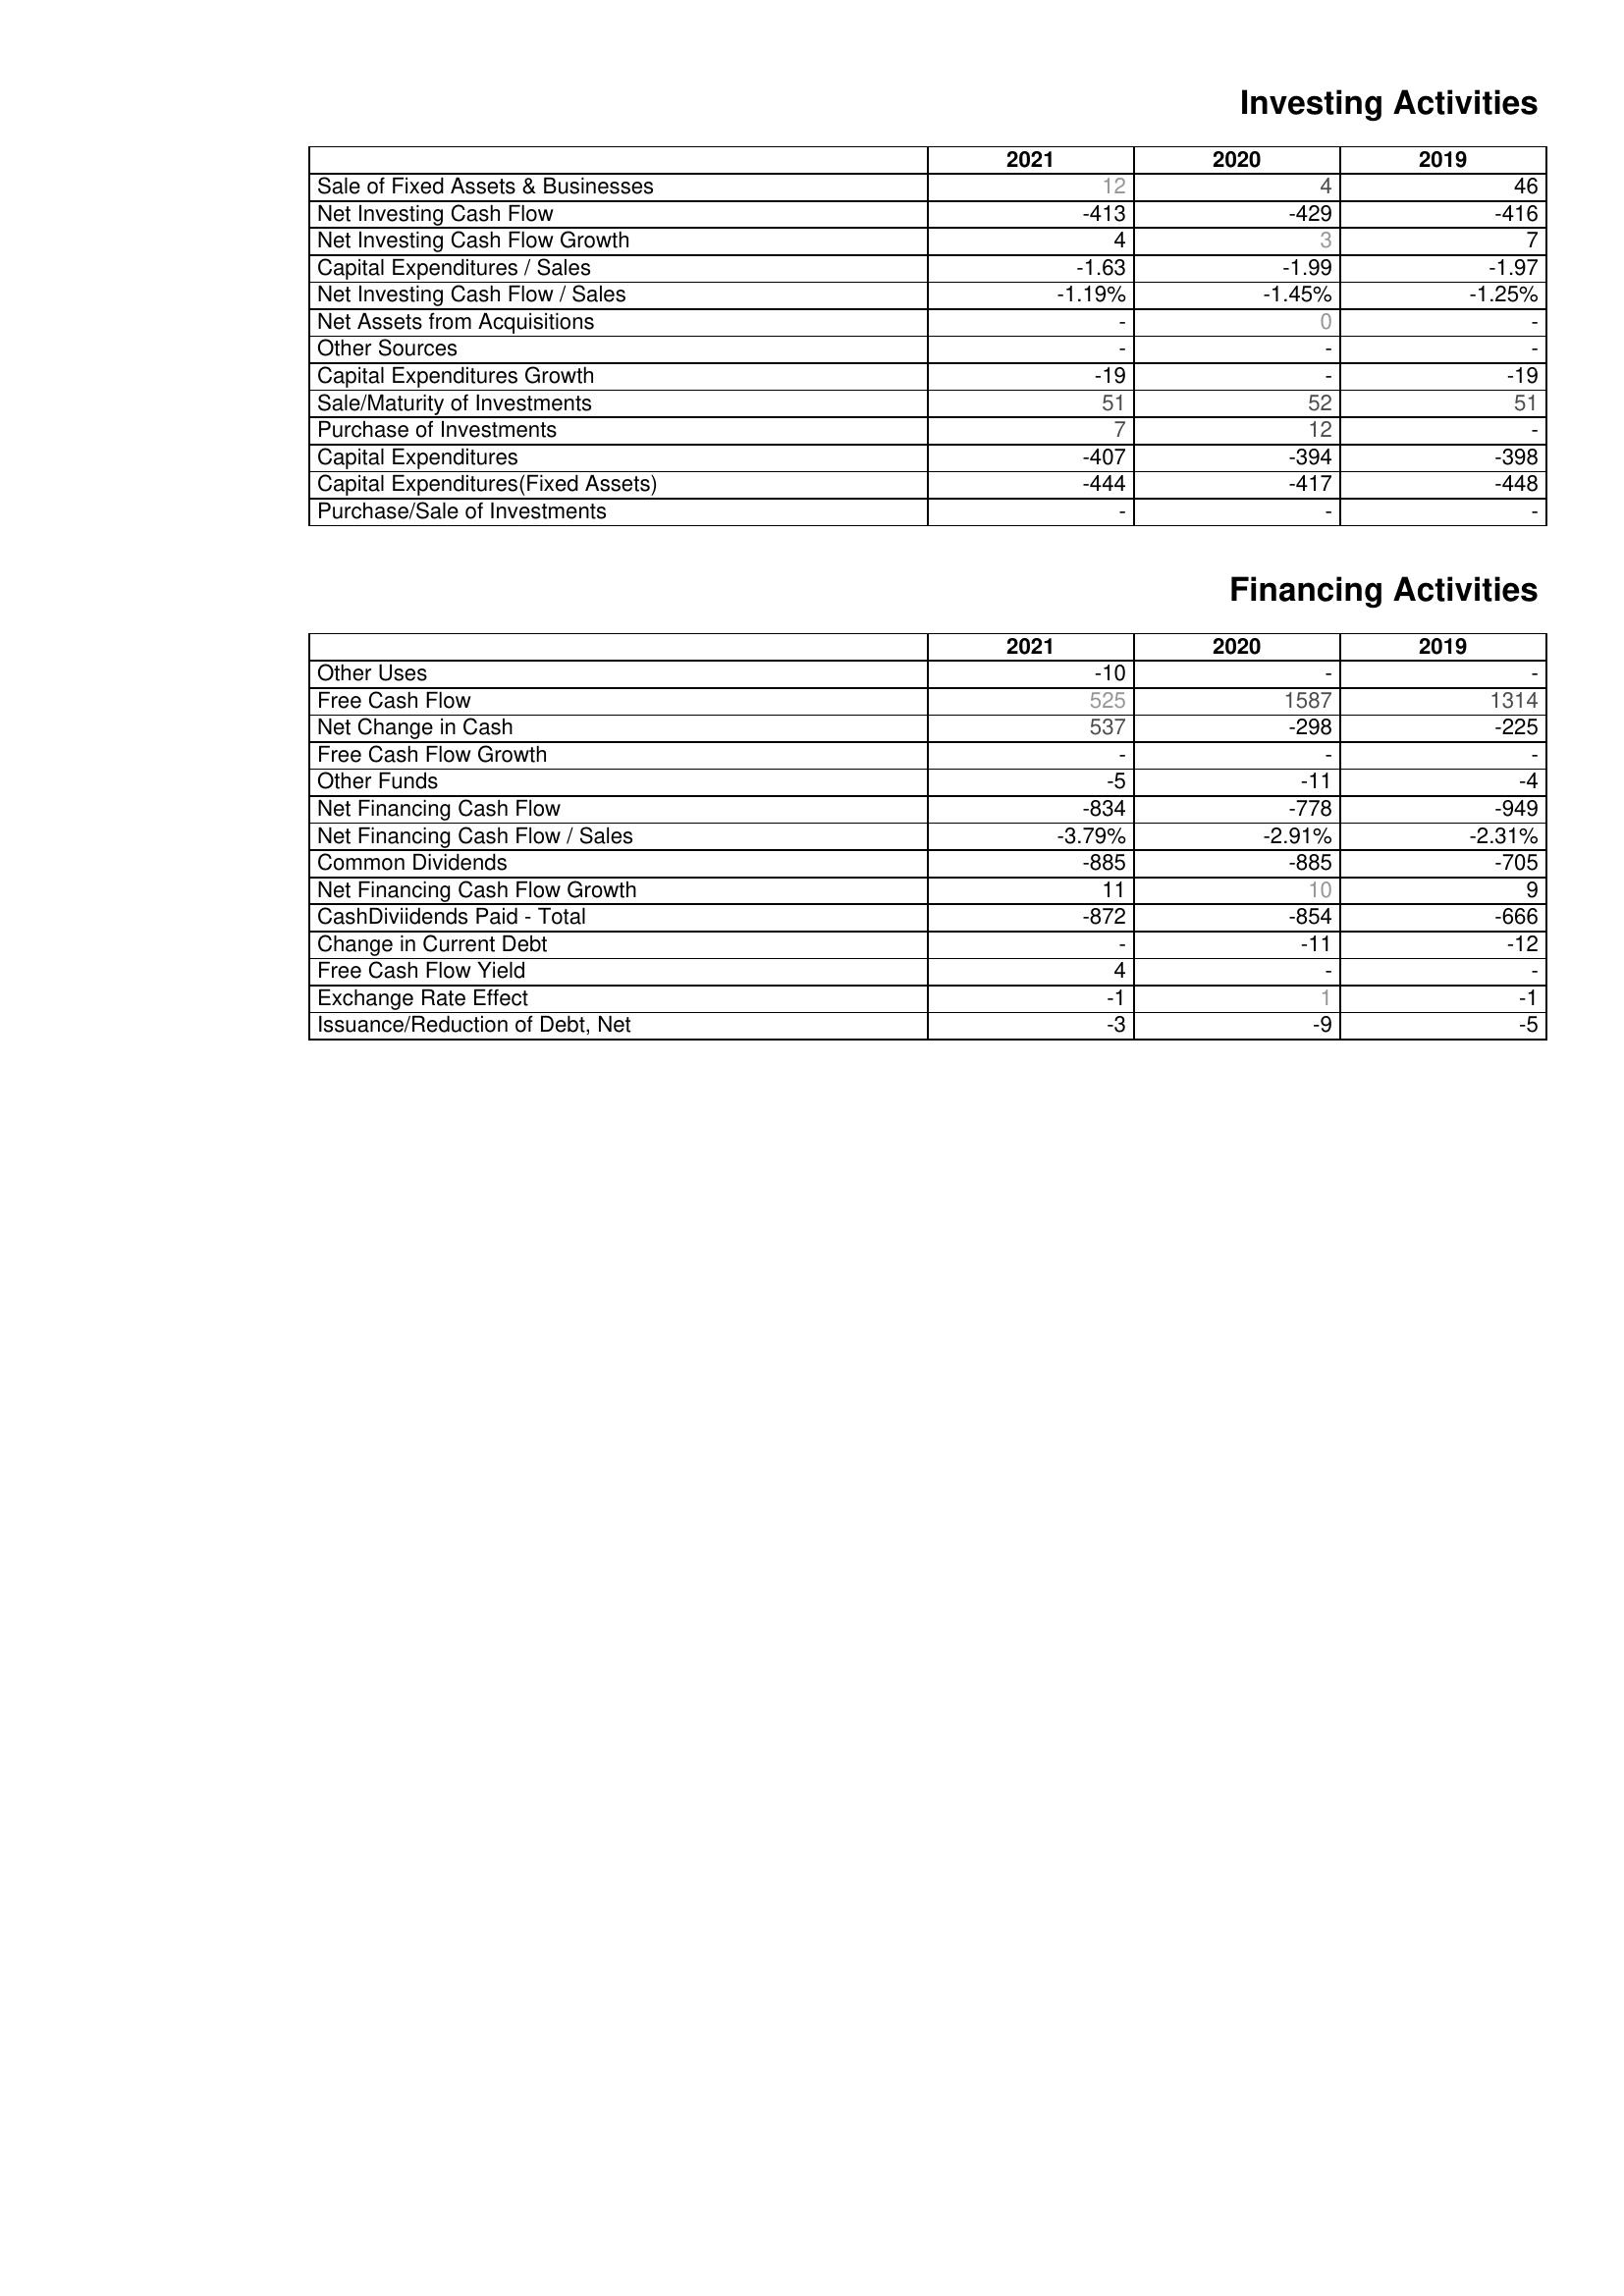
2021: Investing Activities: Sale of Fixed Assets & Businesses: 12
Net Investing Cash Flow: -413
Net Investing Cash Flow Growth: 4
Capital Expenditures / Sales: -1.63
Net Investing Cash Flow / Sales: -1.19%
Net Assets from Acquisitions: -
Other Sources: -
Capital Expenditures Growth: -19
Sale/Maturity of Investments: 51
Purchase of Investments: 7
Capital Expenditures: -407
Capital Expenditures(Fixed Assets): -444
Purchase/Sale of Investments: -
Financing Activities: Other Uses: -10
Free Cash Flow: 525
Net Change in Cash: 537
Free Cash Flow Growth: -
Other Funds: -5
Net Financing Cash Flow: -834
Net Financing Cash Flow / Sales: -3.79%
Common Dividends: -885
Net Financing Cash Flow Growth: 11
CashDiviidends Paid - Total: -872
Change in Current Debt: -
Free Cash Flow Yield: 4
Exchange Rate Effect: -1
Issuance/Reduction of Debt, Net: -3
2020: Investing Activities: Sale of Fixed Assets & Businesses: 4
Net Investing Cash Flow: -429
Net Investing Cash Flow Growth: 3
Capital Expenditures / Sales: -1.99
Net Investing Cash Flow / Sales: -1.45%
Net Assets from Acquisitions: 0
Other Sources: -
Capital Expenditures Growth: -
Sale/Maturity of Investments: 52
Purchase of Investments: 12
Capital Expenditures: -394
Capital Expenditures(Fixed Assets): -417
Purchase/Sale of Investments: -
Financing Activities: Other Uses: -
Free Cash Flow: 1587
Net Change in Cash: -298
Free Cash Flow Growth: -
Other Funds: -11
Net Financing Cash Flow: -778
Net Financing Cash Flow / Sales: -2.91%
Common Dividends: -885
Net Financing Cash Flow Growth: 10
CashDiviidends Paid - Total: -854
Change in Current Debt: -11
Free Cash Flow Yield: -
Exchange Rate Effect: 1
Issuance/Reduction of Debt, Net: -9
2019: Investing Activities: Sale of Fixed Assets & Businesses: 46
Net Investing Cash Flow: -416
Net Investing Cash Flow Growth: 7
Capital Expenditures / Sales: -1.97
Net Investing Cash Flow / Sales: -1.25%
Net Assets from Acquisitions: -
Other Sources: -
Capital Expenditures Growth: -19
Sale/Maturity of Investments: 51
Purchase of Investments: -
Capital Expenditures: -398
Capital Expenditures(Fixed Assets): -448
Purchase/Sale of Investments: -
Financing Activities: Other Uses: -
Free Cash Flow: 1314
Net Change in Cash: -225
Free Cash Flow Growth: -
Other Funds: -4
Net Financing Cash Flow: -949
Net Financing Cash Flow / Sales: -2.31%
Common Dividends: -705
Net Financing Cash Flow Growth: 9
CashDiviidends Paid - Total: -666
Change in Current Debt: -12
Free Cash Flow Yield: -
Exchange Rate Effect: -1
Issuance/Reduction of Debt, Net: -5